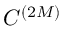
C ^ { ( 2 M ) }